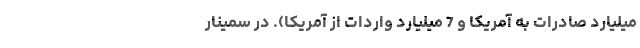
میلیارد صادرات به آمریکا و 7 میلیارد واردات از آمریکا). در سمینارِ